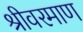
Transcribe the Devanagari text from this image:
श्रीवरमाण